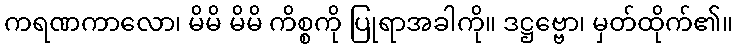
ကရဏကာလော၊ မိမိ မိမိ ကိစ္စကို ပြုရာအခါကို။ ဒဋ္ဌဗ္ဗော၊ မှတ်ထိုက်၏။